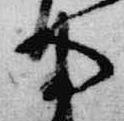
寺